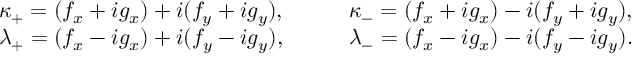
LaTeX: \begin{array} { l l } { { \kappa _ { + } = ( f _ { x } + i g _ { x } ) + i ( f _ { y } + i g _ { y } ) , } } & { { \qquad \kappa _ { - } = ( f _ { x } + i g _ { x } ) - i ( f _ { y } + i g _ { y } ) , } } \\ { { \lambda _ { + } = ( f _ { x } - i g _ { x } ) + i ( f _ { y } - i g _ { y } ) , } } & { { \qquad \lambda _ { - } = ( f _ { x } - i g _ { x } ) - i ( f _ { y } - i g _ { y } ) . } } \end{array}